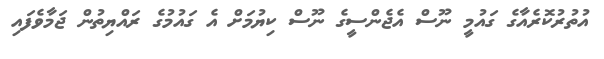
އުތުރުކޮރެއާގެ ގައުމީ ނޫސް އެޖެންސީގެ ނޫސް ކިޔުމަށް އެ ގައުމުގެ ރައްޔިތުން ޖަމާވެފައި